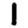
Digit: 1